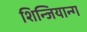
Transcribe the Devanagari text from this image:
शिन्जियान्ग